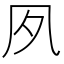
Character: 𡖆